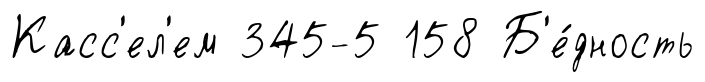
Касс'ел'ем 345-5 158 Б'е́дность